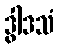
ဒွါဒသံ